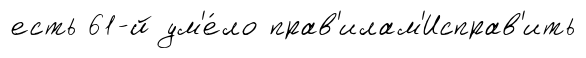
есть 61-й ум'е́ло прав'илам'Исправ'ить